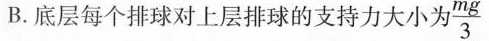
B.底层每个排球对上层排球的支持力大小为” $$\frac{mg}{3}$$